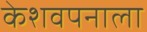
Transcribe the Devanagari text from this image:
केशवपनाला